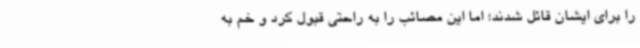
را برای ایشان قائل شدند؛ اما این مصائب را به راحتی قبول کرد و خم به